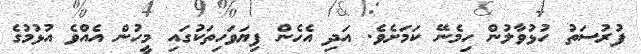
ފުރުސަތު ހުޅުވާލުން ހިމެނޭ ކަމަށެވެ. އަދި އެހެން ފިޔަވަހިތަކުގައި މީހުން އެއްވެ އުޅުމުގެ